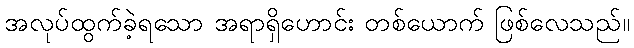
အလုပ်ထွက်ခဲ့ရသော အရာရှိဟောင်း တစ်ယောက် ဖြစ်လေသည်။